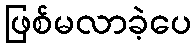
ဖြစ်မလာခဲ့ပေ